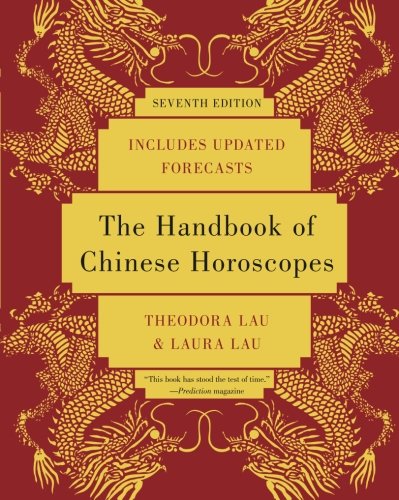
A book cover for The Handbook of Chinese Horoscopes; Theodora Lau; Religion & Spirituality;